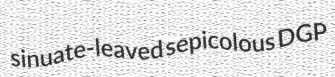
sinuate-leaved sepicolous DGP